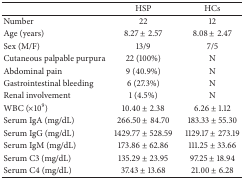
<table><thead><tr><td><b> </b></td><td><b>HSP </b></td><td><b>HCs </b></td></tr></thead><tbody><tr><td>Number</td><td>22</td><td>12</td></tr><tr><td>Age (years)</td><td>8.27 ± 2.57</td><td>8.08 ± 2.47</td></tr><tr><td>Sex (M/F)</td><td>13/9</td><td>7/5</td></tr><tr><td>Cutaneous palpable purpura</td><td>22 (100%)</td><td>N</td></tr><tr><td>Abdominal pain</td><td>9 (40.9%)</td><td>N</td></tr><tr><td>Gastrointestinal bleeding</td><td>6 (27.3%)</td><td>N</td></tr><tr><td>Renal involvement</td><td>1 (4.5%)</td><td>N</td></tr><tr><td>WBC (×10<sup>9</sup>)</td><td>10.40 ± 2.38</td><td>6.26 ± 1.12</td></tr><tr><td>Serum IgA (mg/dL)</td><td>266.50 ± 84.70</td><td>183.33 ± 55.30</td></tr><tr><td>Serum IgG (mg/dL)</td><td>1429.77 ± 528.59</td><td>1129.17 ± 273.19</td></tr><tr><td>Serum IgM (mg/dL)</td><td>173.86 ± 62.86</td><td>111.25 ± 33.66</td></tr><tr><td>Serum C3 (mg/dL)</td><td>135.29 ± 23.95</td><td>97.25 ± 18.94</td></tr><tr><td>Serum C4 (mg/dL)</td><td>37.43 ± 13.68</td><td>21.00 ± 6.28</td></tr></tbody></table>